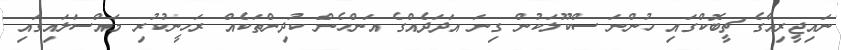
ނައިޖީރިއާގެ ޗީބޮކްގައި ހުންނަ ސްކޫލަކުން ގިނަ އަދަދެއްގެ އަންހެން ކުދިންތަކެއް ރަހީނުކުރި މައްސަލައިގައި